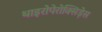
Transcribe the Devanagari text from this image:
थाइरोपेरोक्सिड़ेस